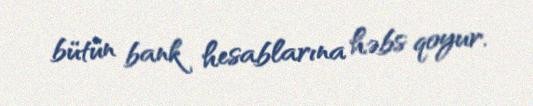
bütün bank hesablarına həbs qoyur.